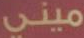
ميني